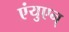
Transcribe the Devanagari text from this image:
एंयुएन्